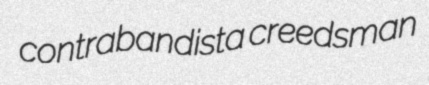
contrabandista creedsman